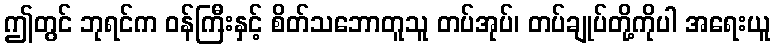
ဤတွင် ဘုရင်က ဝန်ကြီးနှင့် စိတ်သဘောတူသူ တပ်အုပ်၊ တပ်ချုပ်တို့ကိုပါ အရေးယူ